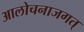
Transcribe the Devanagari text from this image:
आलोचनाजगत्